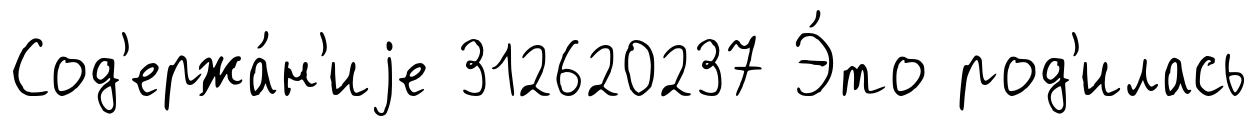
Сод'ержа́н'иjе 312620237 Э́то род'илась